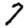
Digit: 7